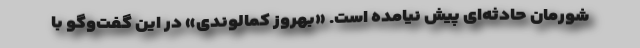
شورمان حادثه‌ای پیش نیامده است. «بهروز کمالوندی» در این گفت‌وگو با